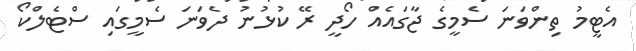
އެޓީމު ތިންވަނަ ސެމީގެ ޖާގައެއް ހޯދީ ރޭ ކުޅުނު ދެވަނަ ސެމީގައި ސްޓެލްކޯ